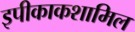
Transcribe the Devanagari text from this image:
इपीकाकशामिल